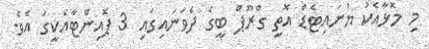
މި މޮޅާއެކު ޔުނައިޓެޑް އޮތީ ގްރޫޕް ބީގެ ދެވަނައިގައި 3 ޕޮއިންޓާއެކީގަ އެވެ.